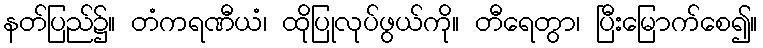
နတ်ပြည်၌။ တံကရဏီယံ၊ ထိုပြုလုပ်ဖွယ်ကို။ တီရေတွာ၊ ပြီးမြောက်စေ၍။